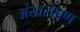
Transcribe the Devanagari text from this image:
अंखरोपण